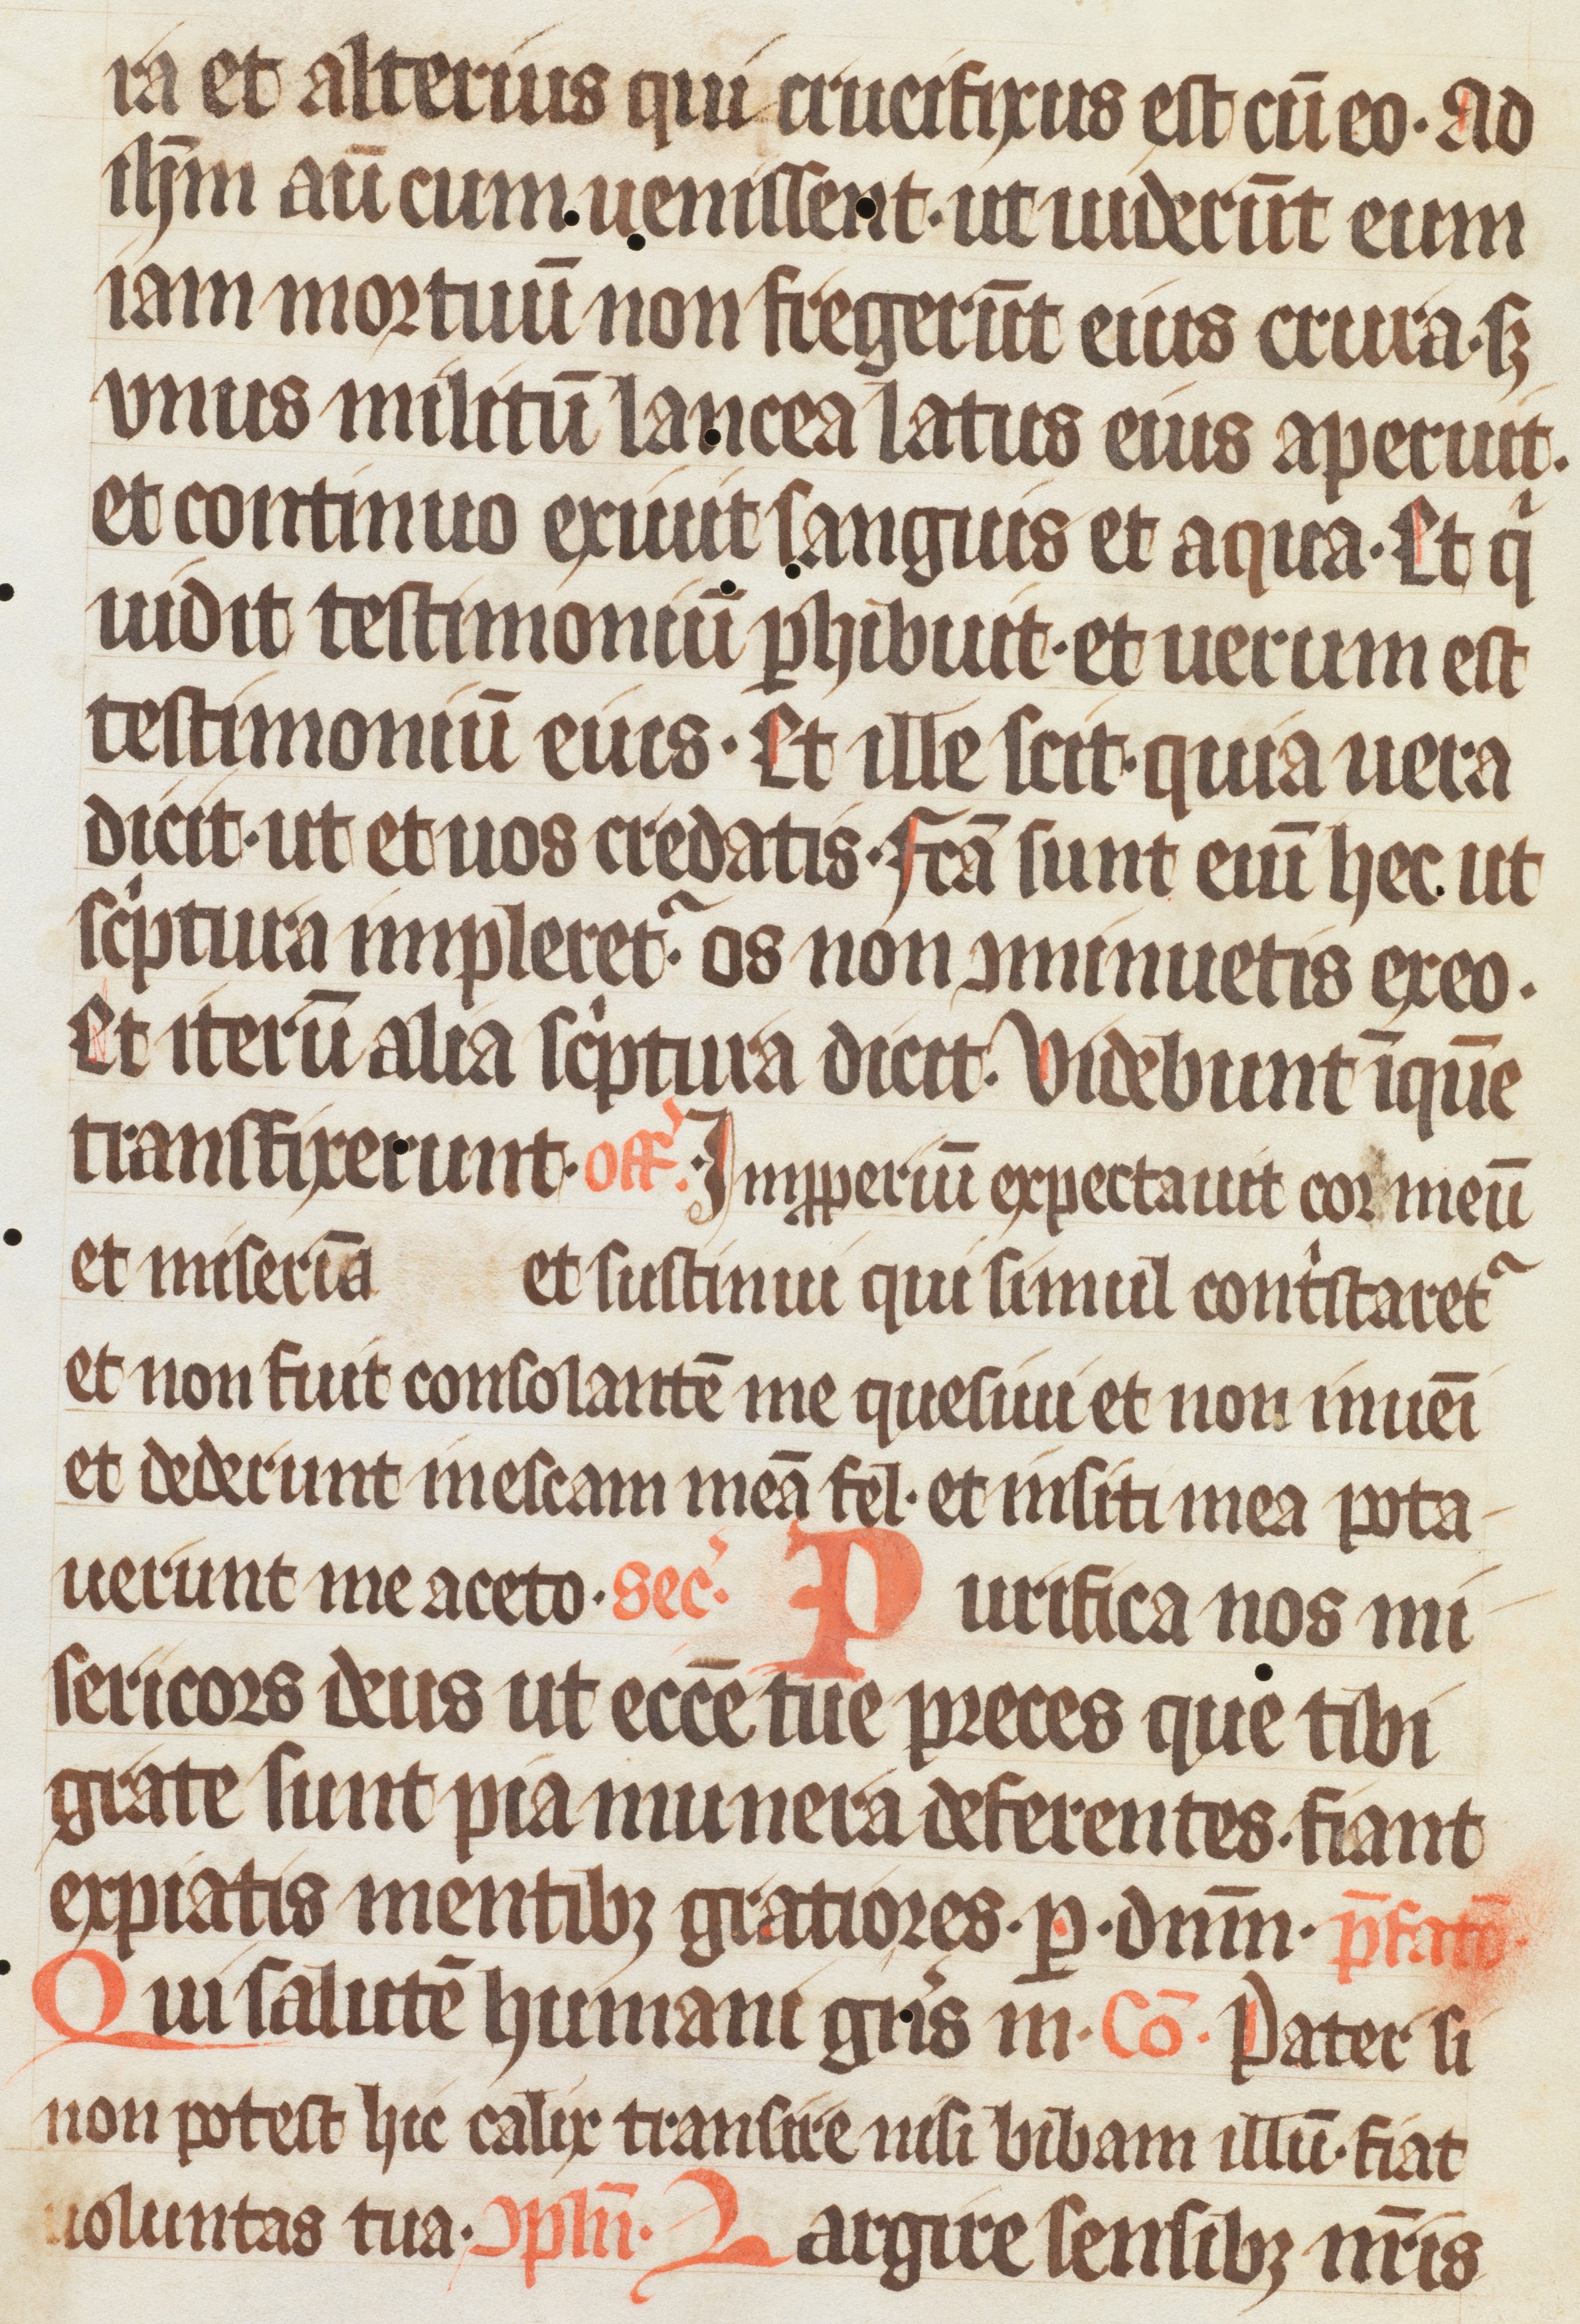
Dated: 1333–1333